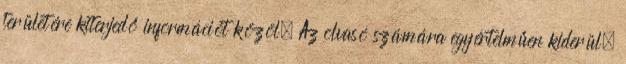
területére kiterjedő információt közöl. Az olvasó számára egyértelműen kiderül,